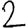
Digit: 2